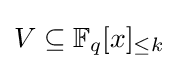
V\subseteq \mathbb {F} _{q}[x]_{\leq k}